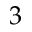
3